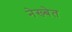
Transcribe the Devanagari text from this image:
नेख्बेत